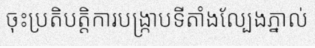
ចុះប្រតិបត្តិការបង្ក្រាបទីតាំងល្បែងភ្នាល់